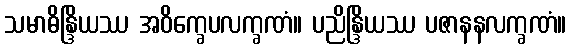
သမာဓိန္ဒြိယဿ အဝိက္ခေပလက္ခဏံ။ ပညိန္ဒြိယဿ ပဇာနနလက္ခဏံ။